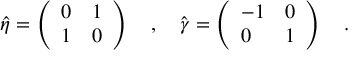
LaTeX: \hat { \eta } = \left( \begin{array} { l l } { { 0 } } & { { 1 } } \\ { { 1 } } & { { 0 } } \end{array} \right) \quad , \quad \hat { \gamma } = \left( \begin{array} { l l } { { - 1 } } & { { 0 } } \\ { { 0 } } & { { 1 } } \end{array} \right) \quad .